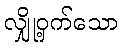
လျှို့ဝှက်သော